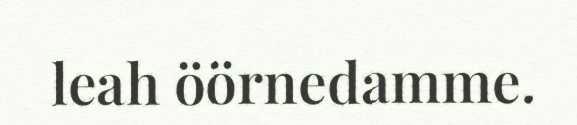
leah öörnedamme.